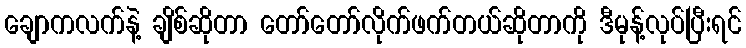
ချောကလက်နဲ့ ချိစ်ဆိုတာ တော်တော်လိုက်ဖက်တယ်ဆိုတာကို ဒီမုန့်လုပ်ပြီးရင်